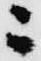
ニ